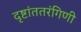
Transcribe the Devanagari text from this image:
दृष्टांततरंगिणी